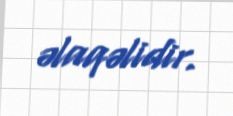
əlaqəlidir.